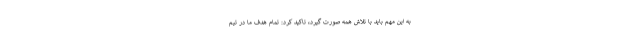
به این مهم باید با تلاش همه صورت گیرد، تاکید کرد: تمام هدف ما در تیم